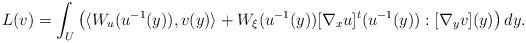
LaTeX: \begin{align*} L(v) = \int_U \left( \langle W_u (u^{-1}(y)), v(y) \rangle + W_\xi (u^{-1}(y)) [\nabla_x u]^t (u^{-1}(y)) : [\nabla_y v] (y) \right) dy.\end{align*}